Annual report of lunatic asylums [Bombay] - 1912-1922
Year: 1912
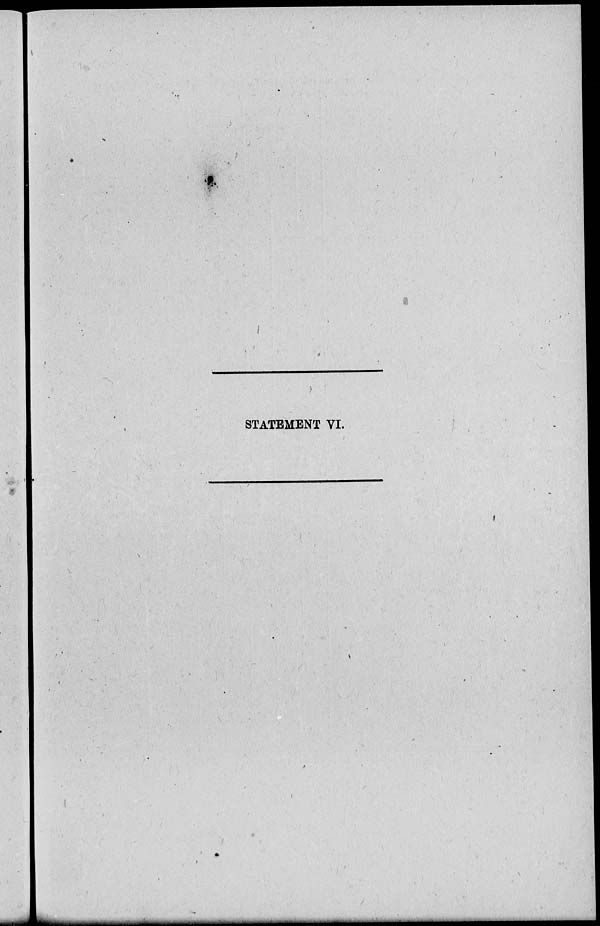
STATEMENT VI.